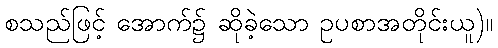
စသည်ဖြင့် အောက်၌ ဆိုခဲ့သော ဥပစာအတိုင်းယူ)။